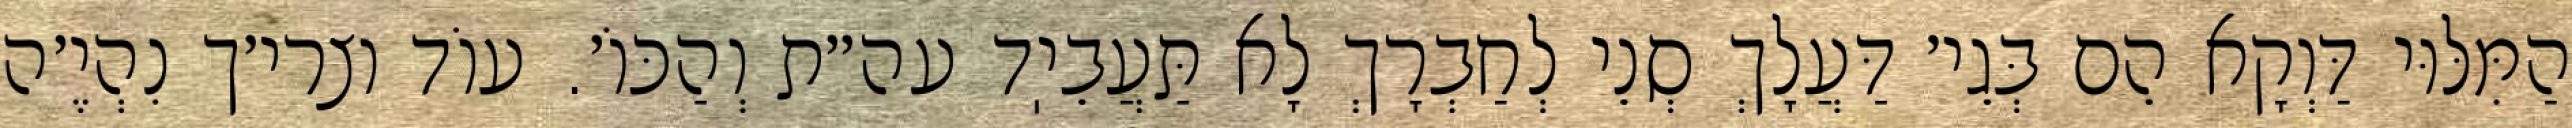
הַמִּלּוּי דַּוְקָא הֵם בְּגֵי׳ דַּעֲלָךְ סְנֵי לְחַבְרָךְ לָא תַּעֲבֵיֽד עה״ת וְהַכּוֹ׳. עוֹד וצרי׳ך נִהְיֶ׳ה